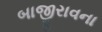
બાજીરાવના